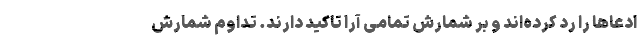
ادعاها را رد کرده‌اند و بر شمارش تمامی آرا تاکید دارند. تداوم شمارش